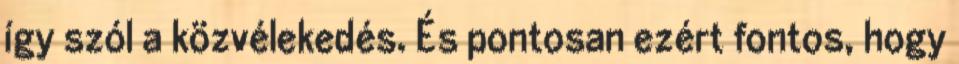
így szól a közvélekedés. És pontosan ezért fontos, hogy